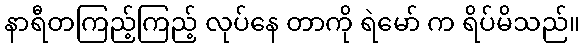
နာရီတကြည့်ကြည့် လုပ်နေ တာကို ရဲမော် က ရိပ်မိသည်။